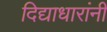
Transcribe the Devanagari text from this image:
दिद्याधारांनी